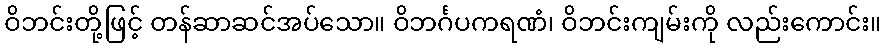
ဝိဘင်းတို့ဖြင့် တန်ဆာဆင်အပ်သော။ ဝိဘင်္ဂပကရဏံ၊ ဝိဘင်းကျမ်းကို လည်းကောင်း။